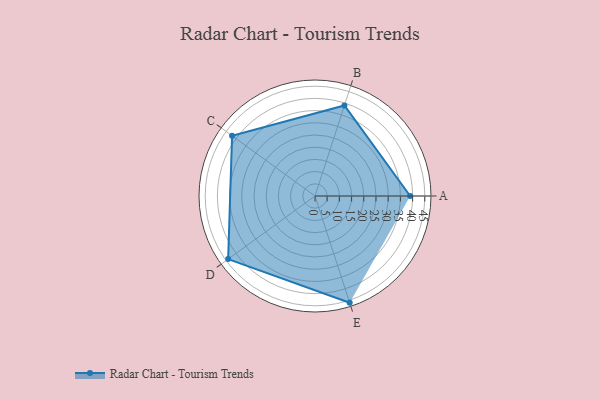
{"axis": {"x": "Skill", "y": "Score"}, "legend": ["Profile"], "data": [{"x": "A", "y": 39.0, "type": "Profile"}, {"x": "B", "y": 39.0, "type": "Profile"}, {"x": "C", "y": 42.0, "type": "Profile"}, {"x": "D", "y": 44.0, "type": "Profile"}, {"x": "E", "y": 46.0, "type": "Profile"}]}